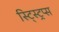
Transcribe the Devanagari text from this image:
स्ट्स्ट्रिप्स